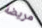
مريضة